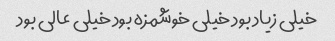
خیلی زیاد بود خیلی خوشمزه بود خیلی عالی بود